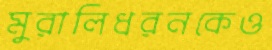
মুরালিধরনকেও